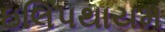
ઇલિપથાયમ